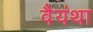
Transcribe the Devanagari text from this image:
वैयंथा